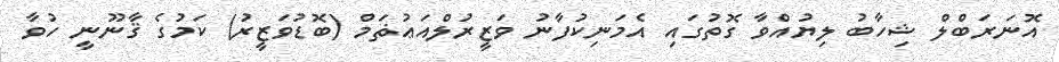
އޮނަރަބްލް ޝިހާބު ލިޔުއްވާ ގޮތުގައި އެމަނިކުފާނު ވަޒީރުލްއަޢުޡަމް (ބޮޑުވަޒީރު) ކަމުގެ ޤާނޫނީ ހުވާ